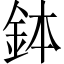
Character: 鉢